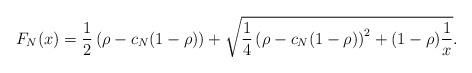
LaTeX: \begin{align*}F_N(x) &= \frac12\left(\rho - c_N(1-\rho) \right) + \sqrt{\frac14\left(\rho - c_N(1-\rho) \right)^2+(1-\rho)\frac1x}.\end{align*}